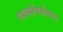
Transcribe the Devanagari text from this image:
मार्क्सपर्यंतचा